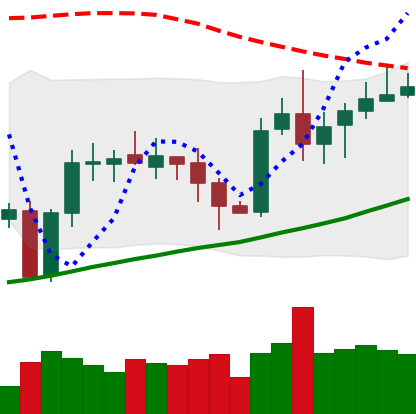
Ticker: XRP-USD
Chart end date: 2020-10-11
Forward return: -5.974%
Label: down_5_7